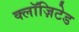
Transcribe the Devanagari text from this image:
क्लॉज़िटेड